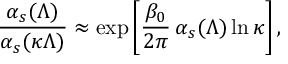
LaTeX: \frac { \alpha _ { s } ( \Lambda ) } { \alpha _ { s } ( \kappa \Lambda ) } \approx \exp \left[ \frac { \beta _ { 0 } } { 2 \pi } \, \alpha _ { s } ( \Lambda ) \ln \kappa \right] ,